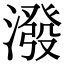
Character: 潑